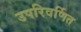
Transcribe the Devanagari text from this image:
उपरिवर्णित